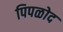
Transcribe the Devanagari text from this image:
पिपळोद